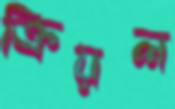
ক্রিয়ল